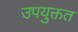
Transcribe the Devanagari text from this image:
उपयुक्तत